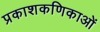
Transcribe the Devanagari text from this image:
प्रकाशकणिकाओं